Rangoon Lunatic Asylum 1893-1897 - 1893-1897
Year: 1893
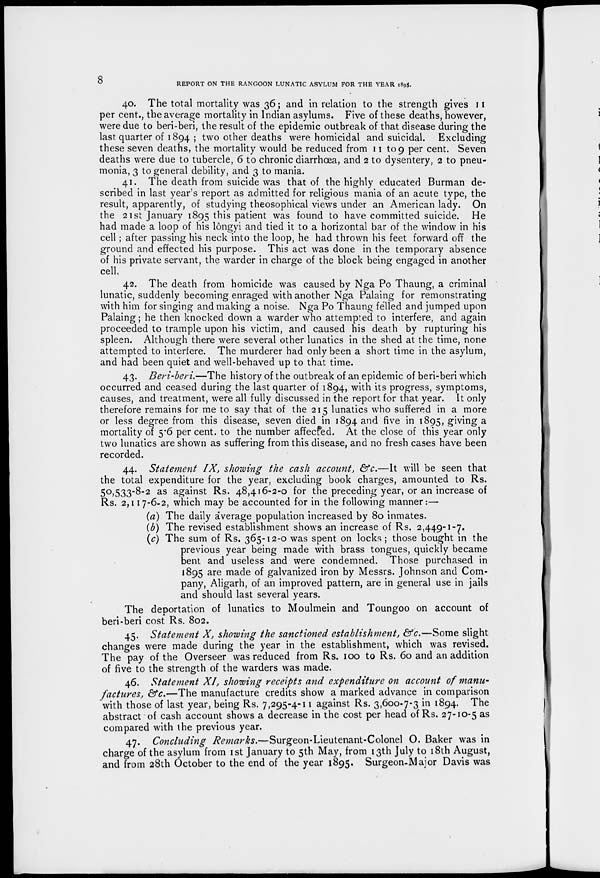
8
REPORT ON THE RANGOON LUNATIC ASYLUM FOR THE YEAR 1895.
40. The total mortality was 36; and in relation to the strength gives 11
per cent., the average mortality in Indian asylums. Five of these deaths, however,
were due to beri-beri, the result of the epidemic outbreak of that disease during the
last quarter of 1894 ; two other deaths were homicidal and suicidal. Excluding
these seven deaths, the mortality would be reduced from 11 to 9 per cent. Seven
deaths were due to tubercle, 6 to chronic diarrhœa, and 2 to dysentery, 2 to pneu-
monia, 3 to general debility, and 3 to mania.
41. The death from suicide was that of the highly educated Burman de-
scribed in last year's report as admitted for religious mania of an acute type, the
result, apparently, of studying theosophical views under an American lady. On
the 21st January 1895 this patient was found to have committed suicide. He
had made a loop of his lôngyi and tied it to a horizontal bar of the window in his
cell; after passing his neck into the loop, he had thrown his feet forward off the
ground and effected his purpose. This act was done in the temporary absence
of his private servant, the warder in charge of the block being engaged in another
cell.
42. The death from homicide was caused by Nga Po Thaung, a criminal
lunatic, suddenly becoming enraged with another Nga Palaing for remonstrating
with him for singing and making a noise. Nga Po Thaung felled and jumped upon
Palaing; he then knocked down a warder who attempted to interfere, and again
proceeded to trample upon his victim, and caused his death by rupturing his
spleen. Although there were several other lunatics in the shed at the time, none
attempted to interfere. The murderer had only been a short time in the asylum,
and had been quiet and well-behaved up to that time.
43. Beri-beri.—The history of the outbreak of an epidemic of beri-beri which
occurred and ceased during the last quarter of 1894, with its progress, symptoms,
causes, and treatment, were all fully discussed in the report for that year. It only
therefore remains for me to say that of the 215 lunatics who suffered in a more
or less degree from this disease, seven died in 1894 and five in 1895, giving a
mortality of 5.6 per cent. to the number affected. At the close of this year only
two lunatics are shown as suffering from this disease, and no fresh cases have been
recorded.
44. Statement IX, showing the cash account, &c.—It will be seen that
the total expenditure for the year, excluding book charges, amounted to Rs.
50,533-8-2 as against Rs. 48,416-2-0 for the preceding year, or an increase of
Rs. 2,117-6-2, which may be accounted for in the following manner:—
(a) The daily average population increased by 80 inmates.
(b) The revised establishment shows an increase of Rs. 2,449-1-7.
(c) The sum of Rs. 365-12-0 was spent on locks ; those bought in the
previous year being made with brass tongues, quickly became
bent and useless and were condemned. Those purchased in
1895 are made of galvanized iron by Messrs. Johnson and Com-
pany, Aligarh, of an improved pattern, are in general use in jails
and should last several years.
The deportation of lunatics to Moulmein and Toungoo on account of
beri-beri cost Rs. 802.
45. Statement X, showing the sanctioned establishment, &c.—Some slight
changes were made during the year in the establishment, which was revised.
The pay of the Overseer was reduced from Rs. 100 to Rs. 60 and an addition
of five to the strength of the warders was made.
46. Statement XI, showing receipts and expenditure on account of manu-
factures, &c.—The manufacture credits show a marked advance in comparison
with those of last year, being Rs. 7,295-4-11 against Rs. 3,600-7-3 in 1894. The
abstract of cash account shows a decrease in the cost per head of Rs. 27-10-5 as
compared with the previous year.
47. Concluding Remarks.—Surgeon-Lieutenant-Colonel
O. Baker was in
charge of the asylum from 1st January to 5th May, from 13th July to 18th August,
and from 28th October to the end of the year 1895. Surgeon-Major Davis was